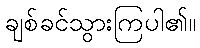
ချစ်ခင်သွားကြပါ၏။